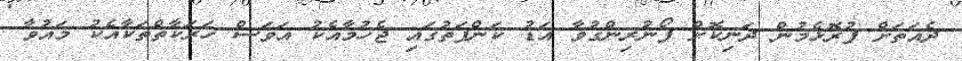
ދެއަތަށް ފުރޮޅެމުން ދަނިކޮށް ފޯނުރިންގުވާ އަޑު ކަންފަތުގައި ޖެހުމާއެކު އަވަސް ހަރަކާތްތަކާއެކު މައުވާ